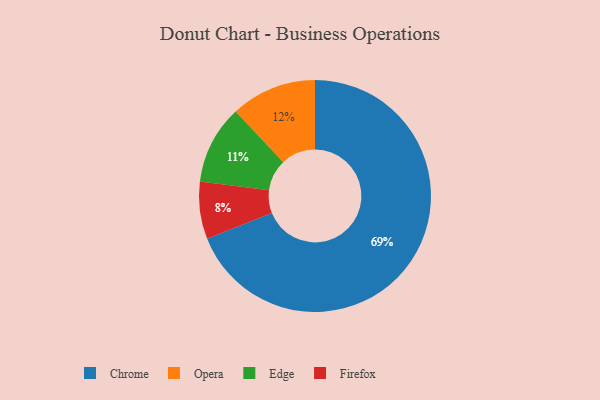
{"axis": {"x": "Category", "y": "Percentage"}, "legend": ["Chrome", "Edge", "Firefox", "Opera"], "data": [{"x": "Edge", "y": 11, "type": "Edge"}, {"x": "Firefox", "y": 8, "type": "Firefox"}, {"x": "Opera", "y": 12, "type": "Opera"}, {"x": "Chrome", "y": 69, "type": "Chrome"}]}